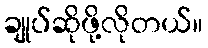
ချုပ်ဆိုဖို့လိုတယ်။